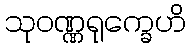
သုဝဏ္ဏရုက္ခေဟိ